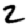
Digit: 2